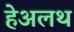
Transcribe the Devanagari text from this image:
हेअलथ